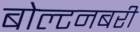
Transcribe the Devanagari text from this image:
बोल्टनबरी